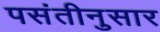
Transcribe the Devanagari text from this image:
पसंतीनुसार